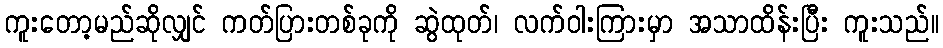
ကူးတော့မည်ဆိုလျှင် ကတ်ပြားတစ်ခုကို ဆွဲထုတ်၊ လက်ဝါးကြားမှာ အသာထိန်းပြီး ကူးသည်။